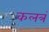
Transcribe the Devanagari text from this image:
कलत्रं